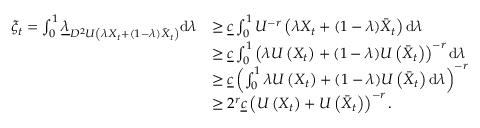
\begin{array} { r l } { \xi _ { t } = \int _ { 0 } ^ { 1 } \underline { { \lambda } } _ { D ^ { 2 } U \left( \lambda X _ { t } + ( 1 - \lambda ) \bar { X } _ { t } \right) } \mathrm { d } \lambda } & { \ge \underline { { c } } \int _ { 0 } ^ { 1 } U ^ { - r } \left( \lambda X _ { t } + ( 1 - \lambda ) \bar { X } _ { t } \right) \mathrm { d } \lambda } \\ & { \ge \underline { { c } } \int _ { 0 } ^ { 1 } \left( \lambda U \left( X _ { t } \right) + ( 1 - \lambda ) U \left( \bar { X } _ { t } \right) \right) ^ { - r } \mathrm { d } \lambda } \\ & { \ge \underline { { c } } \left( \int _ { 0 } ^ { 1 } \lambda U \left( X _ { t } \right) + ( 1 - \lambda ) U \left( \bar { X } _ { t } \right) \mathrm { d } \lambda \right) ^ { - r } } \\ & { \ge 2 ^ { r } \underline { { c } } \left( U \left( X _ { t } \right) + U \left( \bar { X } _ { t } \right) \right) ^ { - r } . } \end{array}